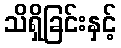
သိရှိခြင်းနှင့်